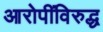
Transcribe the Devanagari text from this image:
आरोपींविरुद्ध